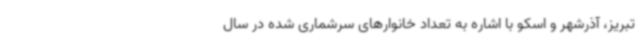
تبریز، آذرشهر و اسکو با اشاره به تعداد خانوارهای سرشماری شده در سال